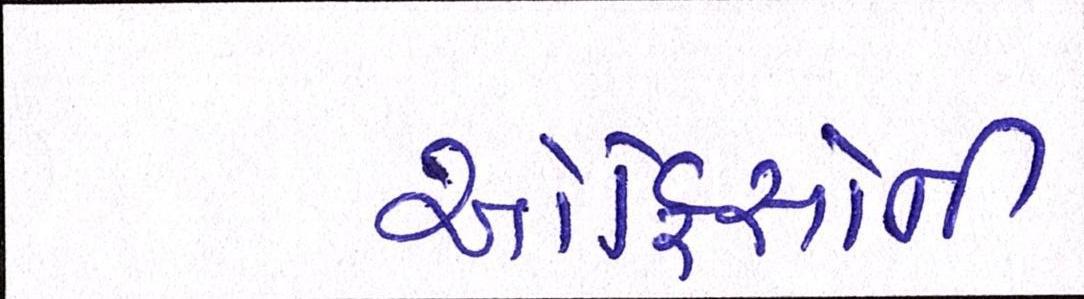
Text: ઓફિસોની